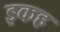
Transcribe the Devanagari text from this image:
इकह